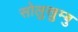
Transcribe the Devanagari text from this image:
सोलुखुम्बु